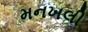
મનખલી